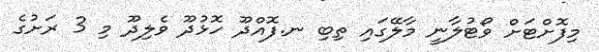
މިފޮށްޓަށް ވޯޓުލާނީ މާލޭގައި ތިބި ނ.ފޮއްދޫ ހޮޅުދޫ ވެލިދޫ މި 3 ރަށުގެ